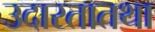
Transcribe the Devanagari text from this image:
उदारतातथा